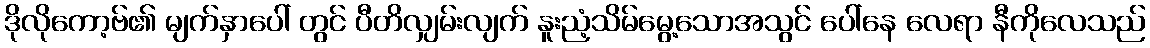
ဒိုလိုကော့ဗ်၏ မျက်နှာပေါ် တွင် ပီတိလျှမ်းလျက် နူးညံ့သိမ်မွေ့သောအသွင် ပေါ်နေ လေရာ နီကိုလေသည်